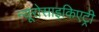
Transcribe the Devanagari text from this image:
न्यूरोसाइकिएट्री